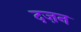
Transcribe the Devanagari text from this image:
दज़न